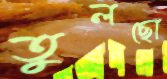
তুলছো